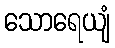
သောရေယျံ